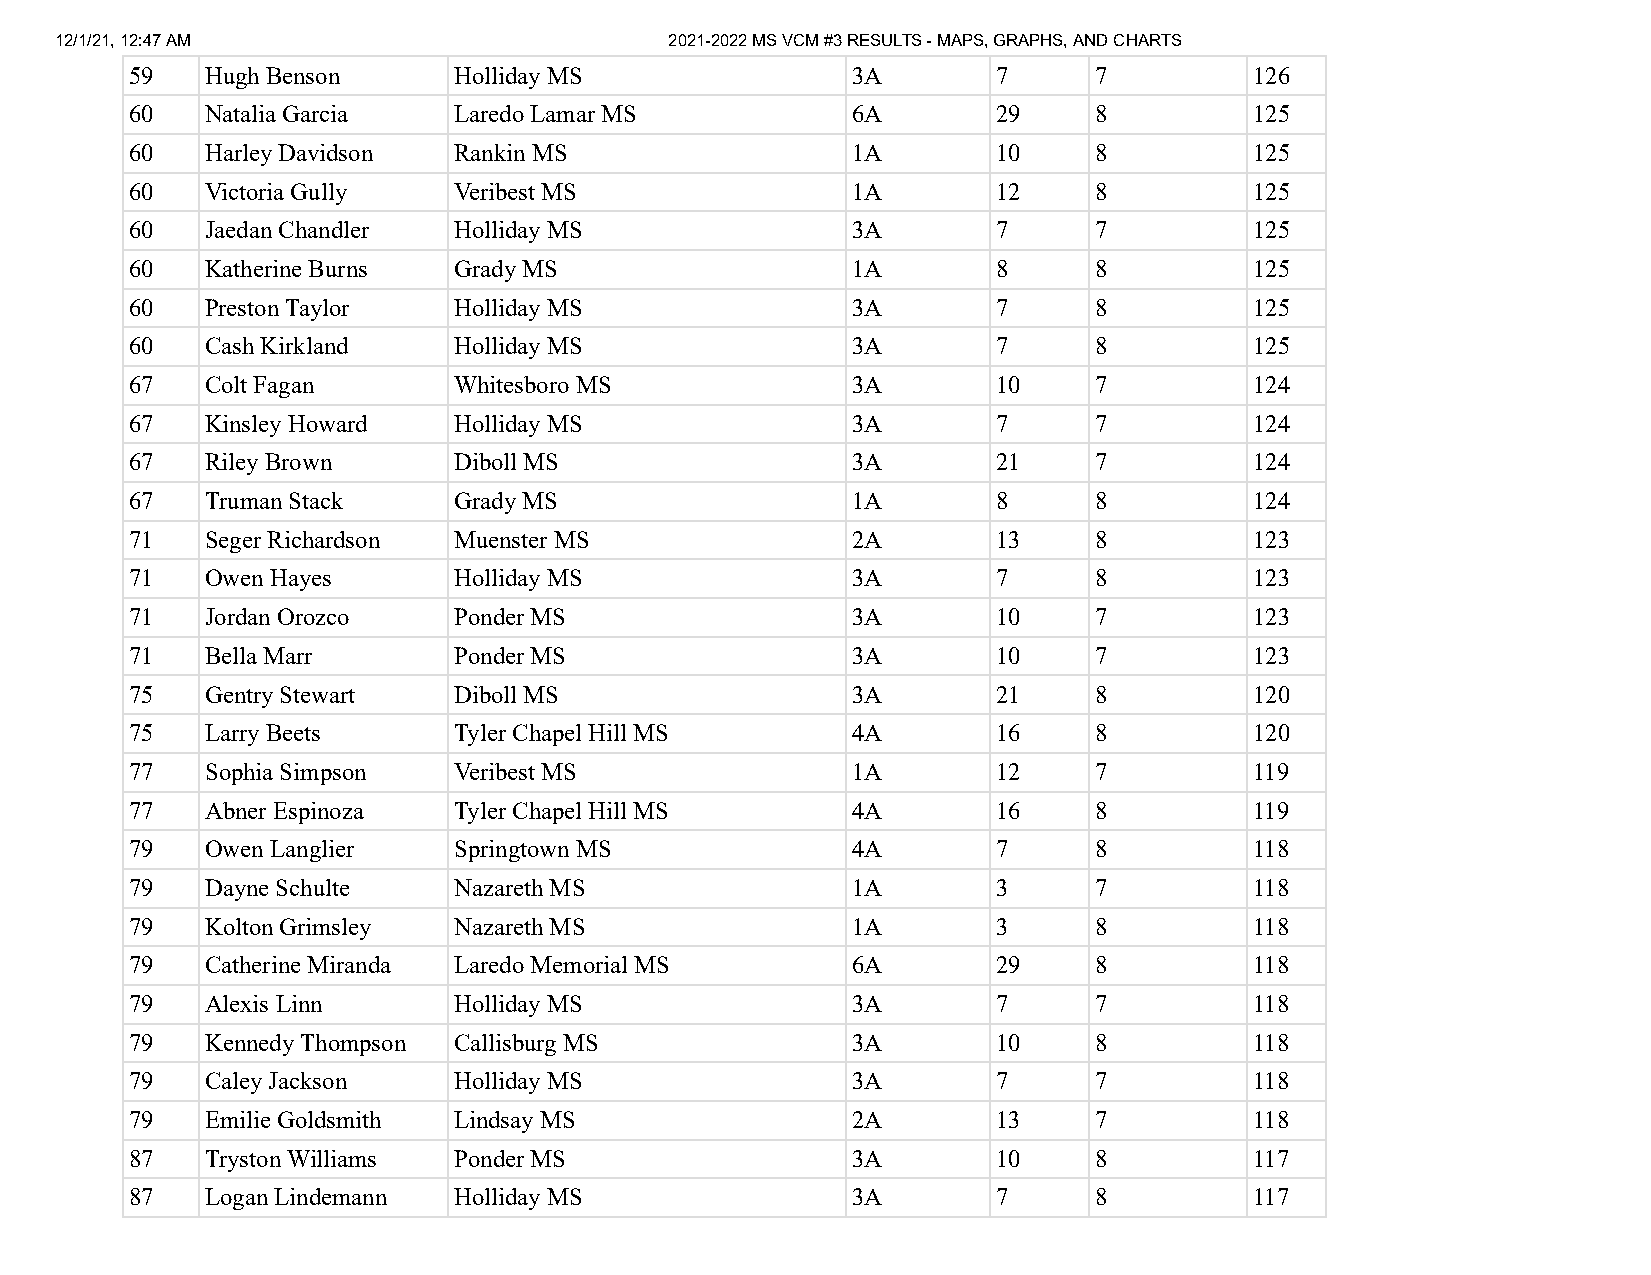
12/1/21, 12:47 AM                       2021-2022 MS VCM #3 RESULTS - MAPS, GRAPHS, AND CHARTS
 59   Hugh Benson     Holliday MS               3A        7     7          126
 60   Natalia Garcia  Laredo Lamar MS           6A        29    8          125
 60   Harley Davidson Rankin MS                 1A        10    8          125
 60   Victoria Gully  Veribest MS               1A        12    8          125
 60   Jaedan Chandler Holliday MS               3A        7     7          125
 60   Katherine Burns Grady MS                  1A        8     8          125
 60   Preston Taylor  Holliday MS               3A        7     8          125
 60   Cash Kirkland   Holliday MS               3A        7     8          125
 67   Colt Fagan      Whitesboro MS             3A        10    7          124
 67   Kinsley Howard  Holliday MS               3A        7     7          124
 67   Riley Brown     Diboll MS                 3A        21    7          124
 67   Truman Stack    Grady MS                  1A        8     8          124
 71   Seger Richardson Muenster MS              2A        13    8          123
 71   Owen Hayes      Holliday MS               3A        7     8          123
 71   Jordan Orozco   Ponder MS                 3A        10    7          123
 71   Bella Marr      Ponder MS                 3A        10    7          123
 75   Gentry Stewart  Diboll MS                 3A        21    8          120
 75   Larry Beets     Tyler Chapel Hill MS      4A        16    8          120
 77   Sophia Simpson  Veribest MS               1A        12    7          119
 77   Abner Espinoza  Tyler Chapel Hill MS      4A        16    8          119
 79   Owen Langlier   Springtown MS             4A        7     8          118
 79   Dayne Schulte   Nazareth MS               1A        3     7          118
 79   Kolton Grimsley Nazareth MS               1A        3     8          118
 79   Catherine Miranda Laredo Memorial MS      6A        29    8          118
 79   Alexis Linn     Holliday MS               3A        7     7          118
 79   Kennedy Thompson Callisburg MS            3A        10    8          118
 79   Caley Jackson   Holliday MS               3A        7     7          118
 79   Emilie Goldsmith Lindsay MS               2A        13    7          118
 87   Tryston Williams Ponder MS                3A        10    8          117
 87   Logan Lindemann Holliday MS               3A        7     8          117